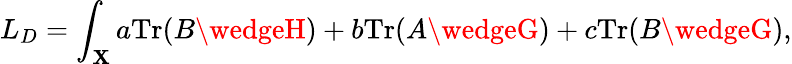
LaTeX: L_{D}=\int_{\mathbf{X}}a\mathrm{{Tr}}(B\wedgeH)+b\mathrm{{Tr}}(A\wedgeG)+c\mathrm{{Tr}}(B\wedgeG),